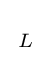
{\begin{smallmatrix}{L}\end{smallmatrix}}